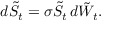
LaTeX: d { \tilde { S } } _ { t } = \sigma { \tilde { S } } _ { t } \, d { \tilde { W } } _ { t } .